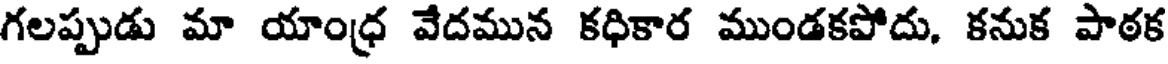
గలప్పుడు మా యాంధ్ర వేదమున కధికార ముండకపోదు, కనుక పాఠక